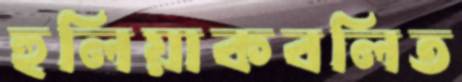
হুলিয়াকবলিত